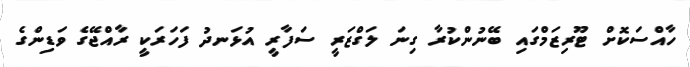
ހާއްސަކޮށް ޓޫރިޒަމްގައި ބޭނުންކުރާ ގިނަ ލަގްޒަރީ ސަފާރީ އުޅަނދު ފަހަރަކީ ރާއްޖޭގެ ވަޑިންގެ